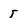
Character: 5